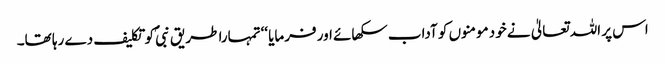
اس پر اللہ تعالیٰ نے خود مومنوں کو آداب سکھائے اور فرمایا ‘‘تمہارا طریق نبیؐ کو تکلیف دے رہا تھا۔